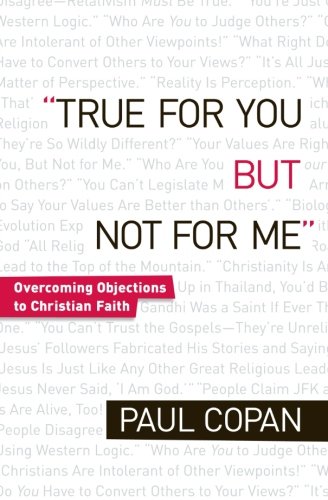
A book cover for True for You, But Not for Me: Overcoming Objections to Christian Faith; Paul Copan; Christian Books & Bibles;